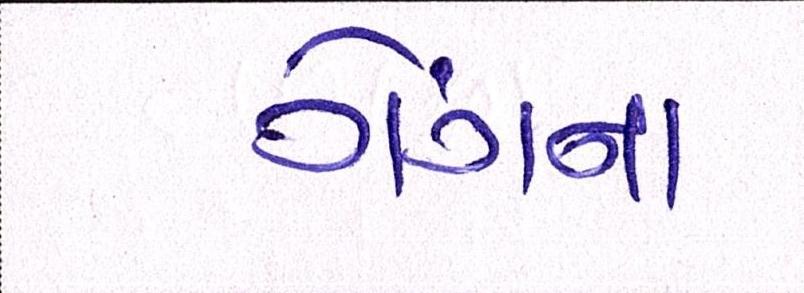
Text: ગેંગના